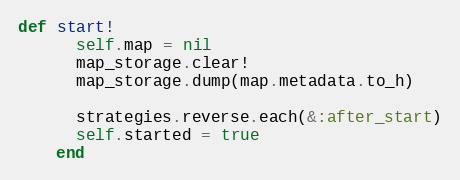
Language: Ruby
def start!
      self.map = nil
      map_storage.clear!
      map_storage.dump(map.metadata.to_h)

      strategies.reverse.each(&:after_start)
      self.started = true
    end